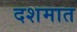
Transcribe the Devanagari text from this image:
दशमात